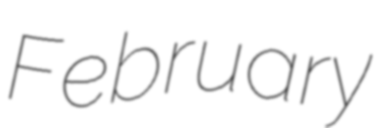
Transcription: February